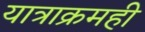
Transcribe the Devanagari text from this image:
यात्राक्रमही